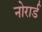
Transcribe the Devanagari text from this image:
नोरार्ड